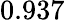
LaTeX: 0.937